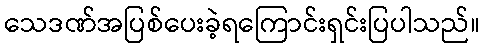
သေဒဏ်အပြစ်ပေးခဲ့ရကြောင်းရှင်းပြပါသည်။